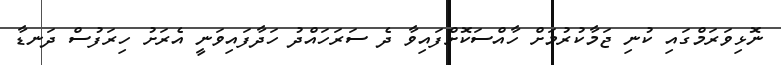
ނޮޅިވަރަމްގައި ކުނި ޖަމާކުރުމަށް ހާއްސަކޮށްފައިވާ ދެ ސަރަހައްދު ހަދާފައިވަނީ އެރަށު ހިރަފުސް ދަނޑާ